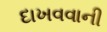
દાખવવાની